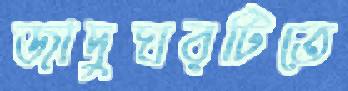
জাদুঘরটিতে